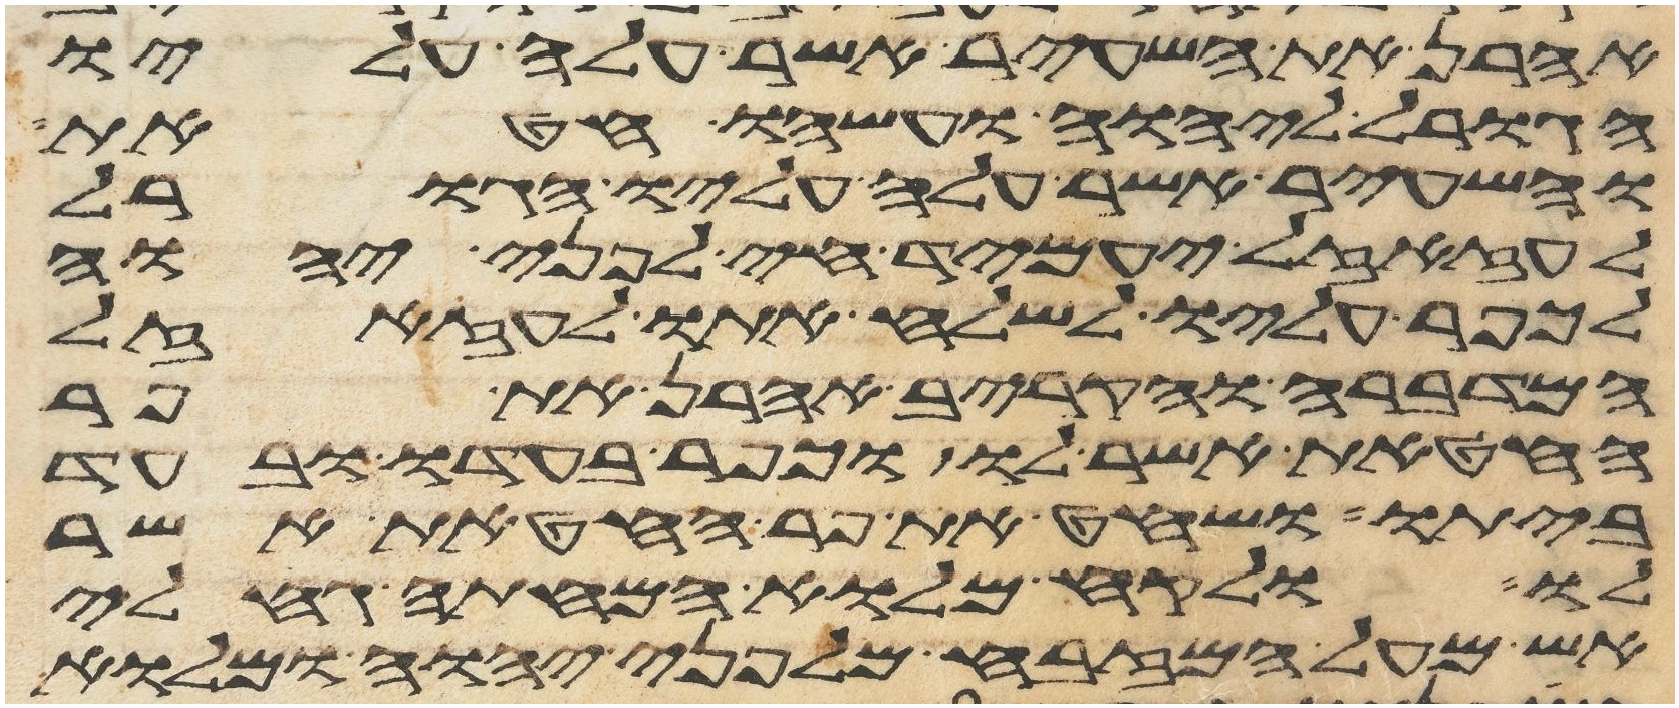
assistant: אהרן את השעיר אשר עלה עליו
הגורל ליהוה ועשהו חטאת
והשעיר אשר עלה עליו הגורל
לעזזאל יעמיד חי לפני יהוה
לכפר עליו לשלח אתו לעזזאל
המדברה והקריב אהרן את פר
החטאת אשר לו וכפר בעדו ובעד
ביתו ושחט את פר החטאת אשר
לו ולקח מלוא המחתה גחלי
אש מעל המזבח מלפני יהוה ומלוא